65_HS1-834228961_62-HQ-83894_Section_3
Agency: FBI
Page 61
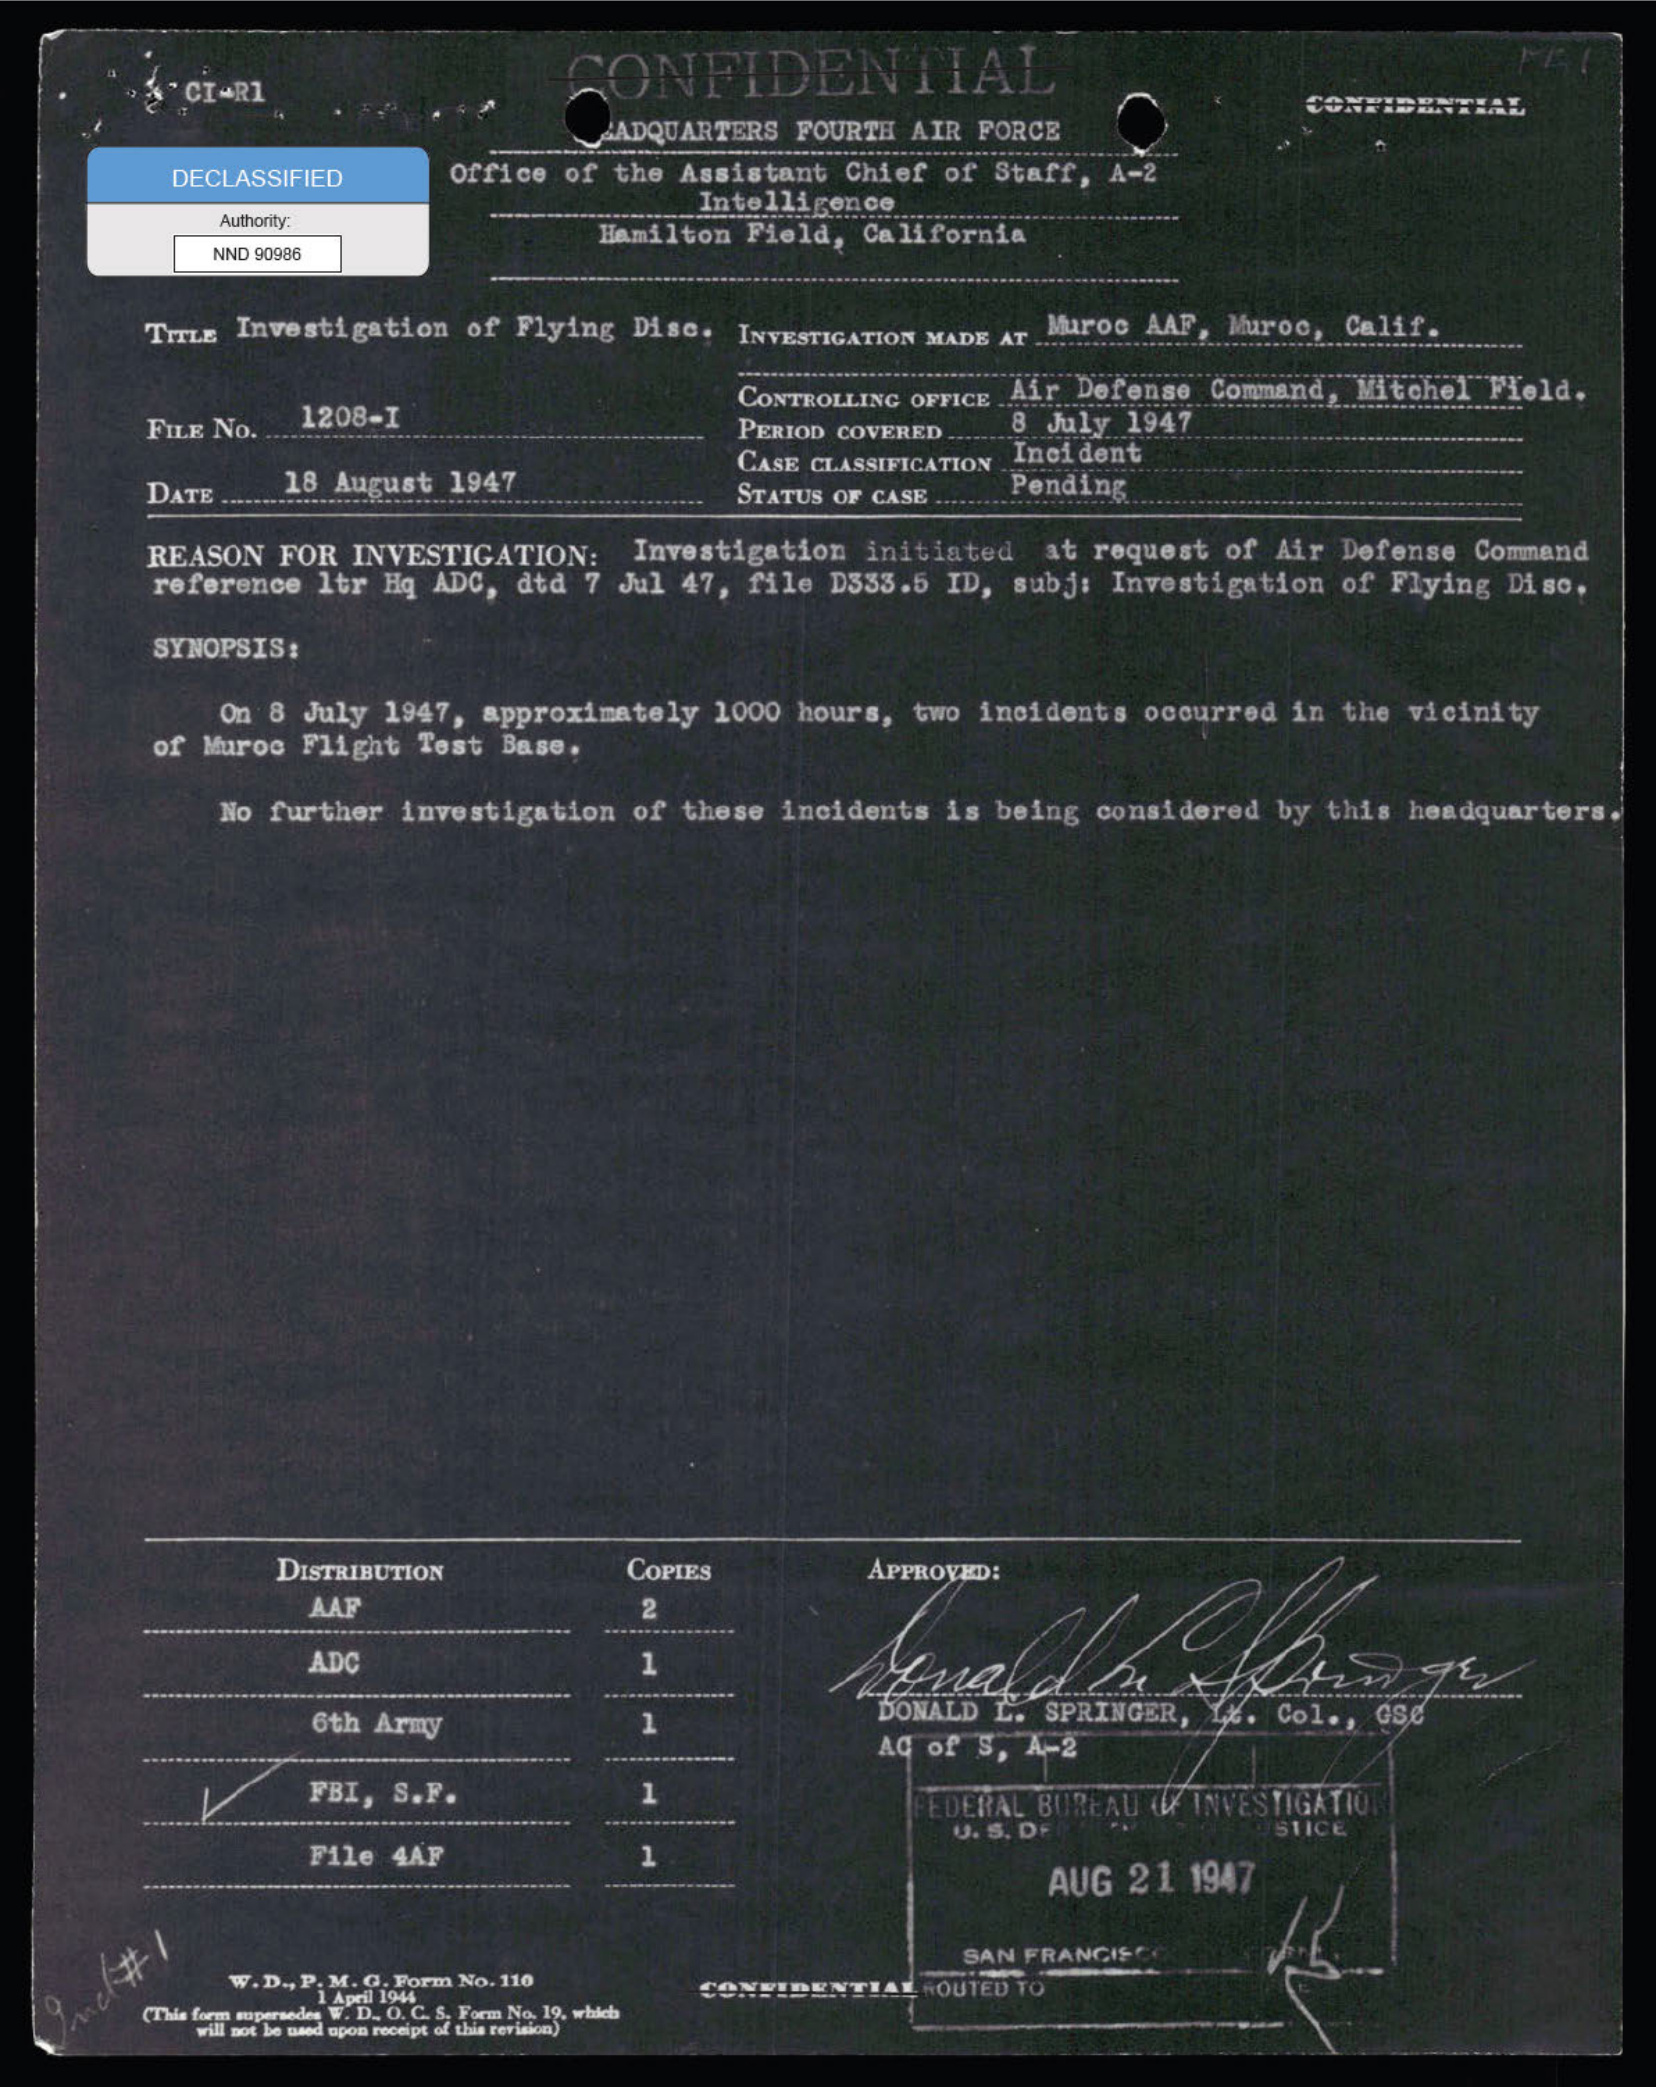